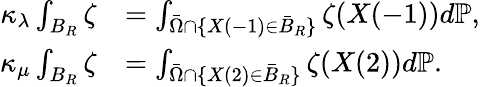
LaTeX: \begin{array}{rl}{\kappa_{\lambda}\int_{B_{R}}\zeta}&{=\int_{\bar{\Omega}\cap\{ X(-1)\in\bar{B}_{R}\} }\zeta(X(-1))d\mathbb{P},}\\ {\kappa_{\mu}\int_{B_{R}}\zeta}&{=\int_{\bar{\Omega}\cap\{ X(2)\in\bar{B}_{R}\} }\zeta(X(2))d\mathbb{P}.}\end{array}